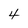
Character: 4